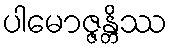
ပါမောဇ္ဇန္တိဿ